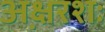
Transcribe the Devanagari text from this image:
अ़क्षरशः